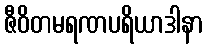
ဇီဝိတမရဏပရိယာဒါနာ